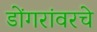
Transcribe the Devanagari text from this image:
डोंगरांवरचे